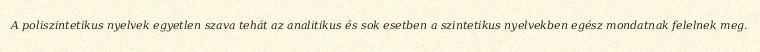
A poliszintetikus nyelvek egyetlen szava tehát az analitikus és sok esetben a szintetikus nyelvekben egész mondatnak felelnek meg.